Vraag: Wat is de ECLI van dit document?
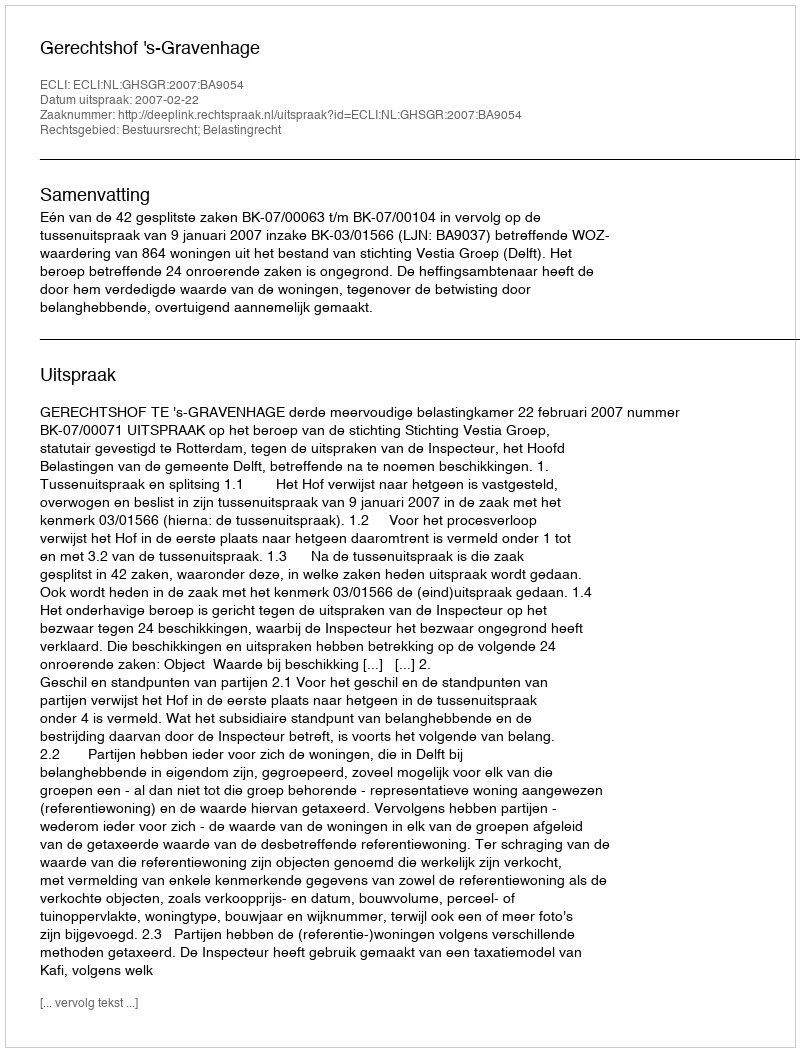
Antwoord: ECLI:NL:GHSGR:2007:BA9054